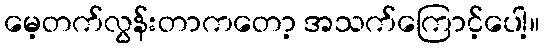
မေ့တက်လွန်းတာကတော့ အသက်ကြောင့်ပေါ့။